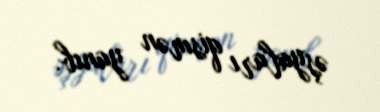
əşyaları qismən yanıb.